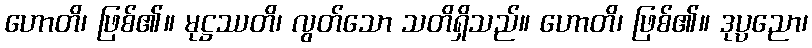
ဟောတိ၊ ဖြစ်၏။ မုဋ္ဌဿတိ၊ လွတ်သော သတိရှိသည်။ ဟောတိ၊ ဖြစ်၏။ ဒုပ္ပညော၊